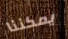
يمكننا